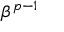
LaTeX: \beta ^ { p - 1 }